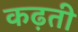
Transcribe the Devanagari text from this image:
कढ़ती